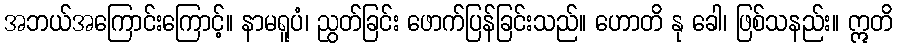
အဘယ်အကြောင်းကြောင့်။ နာမရူပံ၊ ညွတ်ခြင်း ဖောက်ပြန်ခြင်းသည်။ ဟောတိ နု ခေါ၊ ဖြစ်သနည်း။ ဣတိ